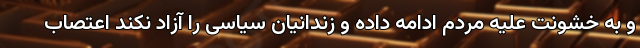
و به خشونت علیه مردم ادامه داده و زندانیان سیاسی را آزاد نکند اعتصاب